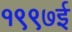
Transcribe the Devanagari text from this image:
१९९७ई